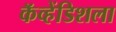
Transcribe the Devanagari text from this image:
कॅव्हेंडिशला